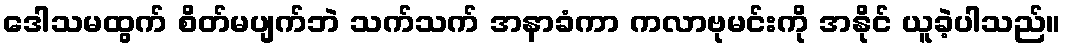
ဒေါသမထွက် စိတ်မပျက်ဘဲ သက်သက် အနာခံကာ ကလာဗုမင်းကို အနိုင် ယူခဲ့ပါသည်။